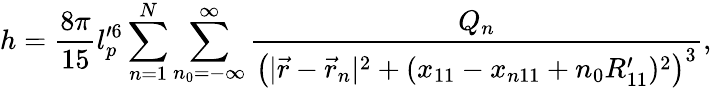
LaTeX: h=\frac{8\pi}{15}l_{p}^{\prime 6}\sum_{n=1}^{N}\sum_{n_{0}=-\infty}^{\infty}\frac{Q_{n}}{\left(|\vec{r}-\vec{r}_{n}|^{2}+(x_{11}-x_{n11}+n_{0}R_{11}^{\prime})^{2}\right)^{3}},